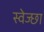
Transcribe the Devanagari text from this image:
स्वेज्छा